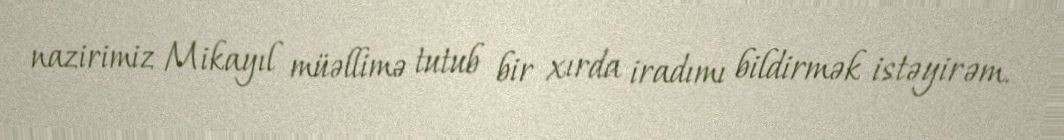
nazirimiz Mikayıl müəllimə tutub bir xırda iradımı bildirmək istəyirəm.